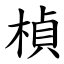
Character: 楨